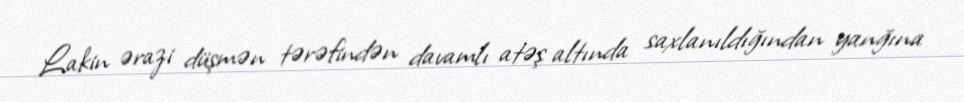
Lakin ərazi düşmən tərəfindən davamlı atəş altında saxlanıldığından yanğına